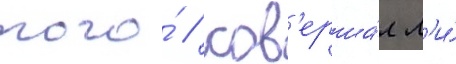
того́ / сов'ерша́л л'и́